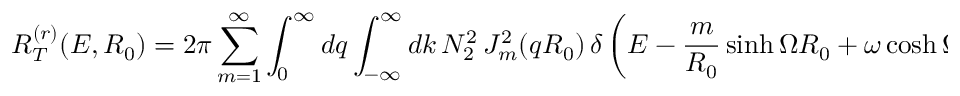
R _ { T } ^ { ( r ) } ( E , R _ { 0 } ) = 2 \pi \sum _ { m = 1 } ^ { \infty } \int _ { 0 } ^ { \infty } d q \int _ { - \infty } ^ { \infty } d k \, N _ { 2 } ^ { 2 } \, J _ { m } ^ { 2 } ( q R _ { 0 } ) \, \delta \left( E - \frac { m } { R _ { 0 } } \sinh \Omega R _ { 0 } + \omega \cosh \Omega R _ { 0 } \right) .